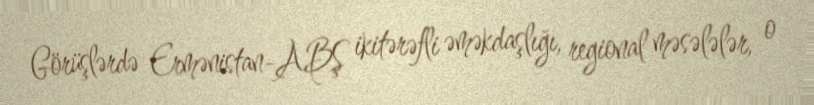
Görüşlərdə Ermənistan-ABŞ ikitərəfli əməkdaşlığı, regional məsələlər, o